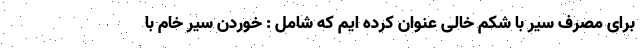
برای مصرف سیر با شکم خالی عنوان کرده ایم که شامل : خوردن سیر خام با